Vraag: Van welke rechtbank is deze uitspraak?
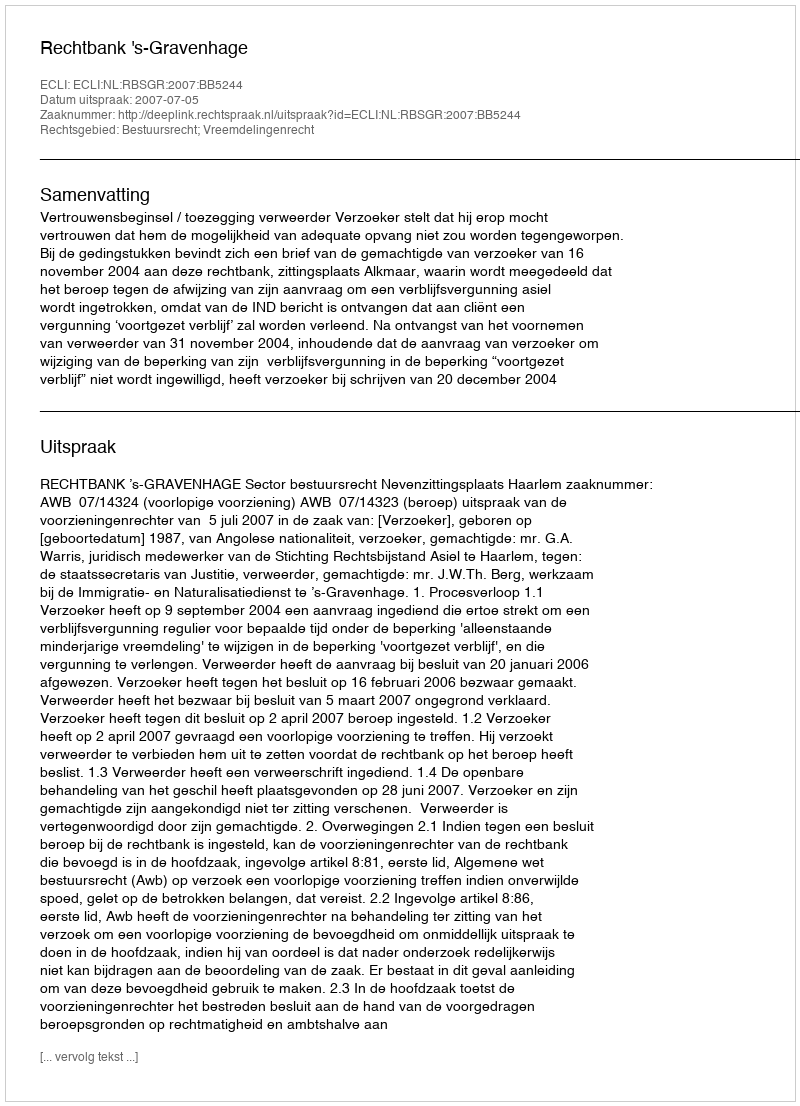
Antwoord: Rechtbank 's-Gravenhage